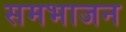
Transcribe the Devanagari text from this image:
समभाजन